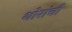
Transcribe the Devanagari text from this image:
थोरांची